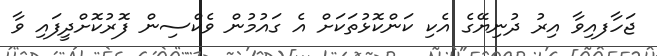
ޖަހާފއިވާ އިރު ދުނިޔޭގެ އެކި ކަންކޮޅުތަކަށް އެ ގައުމުން ވެކްސިން ފޮރުކޮށްދީފައި ވާ